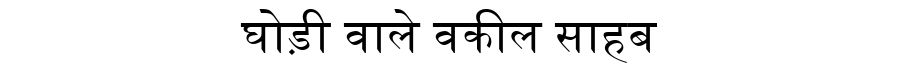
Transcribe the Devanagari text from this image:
घोड़ी वाले वकील साहब